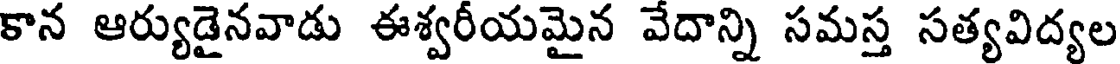
కాన ఆర్యుడైనవాడు ఈశ్వరీయమైన వేదాన్ని సమస్త సత్యవిద్యల